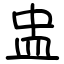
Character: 盅